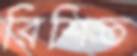
রিশিত